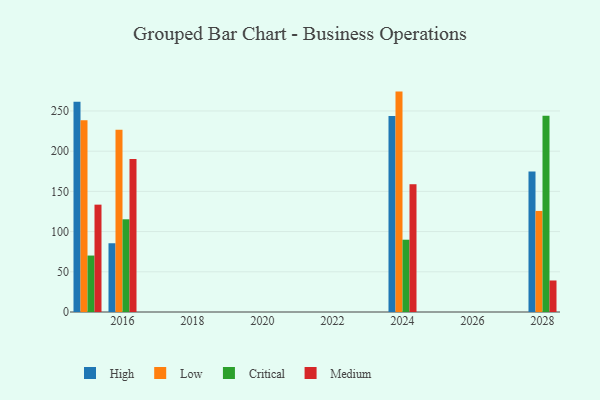
{"axis": {"x": "Year", "y": "Operating Costs (USD K)"}, "legend": ["Critical", "High", "Low", "Medium"], "data": [{"x": "2015", "y": 261.6, "type": "High"}, {"x": "2015", "y": 238.6, "type": "Low"}, {"x": "2015", "y": 70.2, "type": "Critical"}, {"x": "2015", "y": 133.5, "type": "Medium"}, {"x": "2028", "y": 174.6, "type": "High"}, {"x": "2028", "y": 125.7, "type": "Low"}, {"x": "2028", "y": 244.2, "type": "Critical"}, {"x": "2028", "y": 39.2, "type": "Medium"}, {"x": "2016", "y": 85.5, "type": "High"}, {"x": "2016", "y": 226.7, "type": "Low"}, {"x": "2016", "y": 115.3, "type": "Critical"}, {"x": "2016", "y": 190.4, "type": "Medium"}, {"x": "2024", "y": 243.8, "type": "High"}, {"x": "2024", "y": 274.1, "type": "Low"}, {"x": "2024", "y": 89.9, "type": "Critical"}, {"x": "2024", "y": 158.9, "type": "Medium"}]}